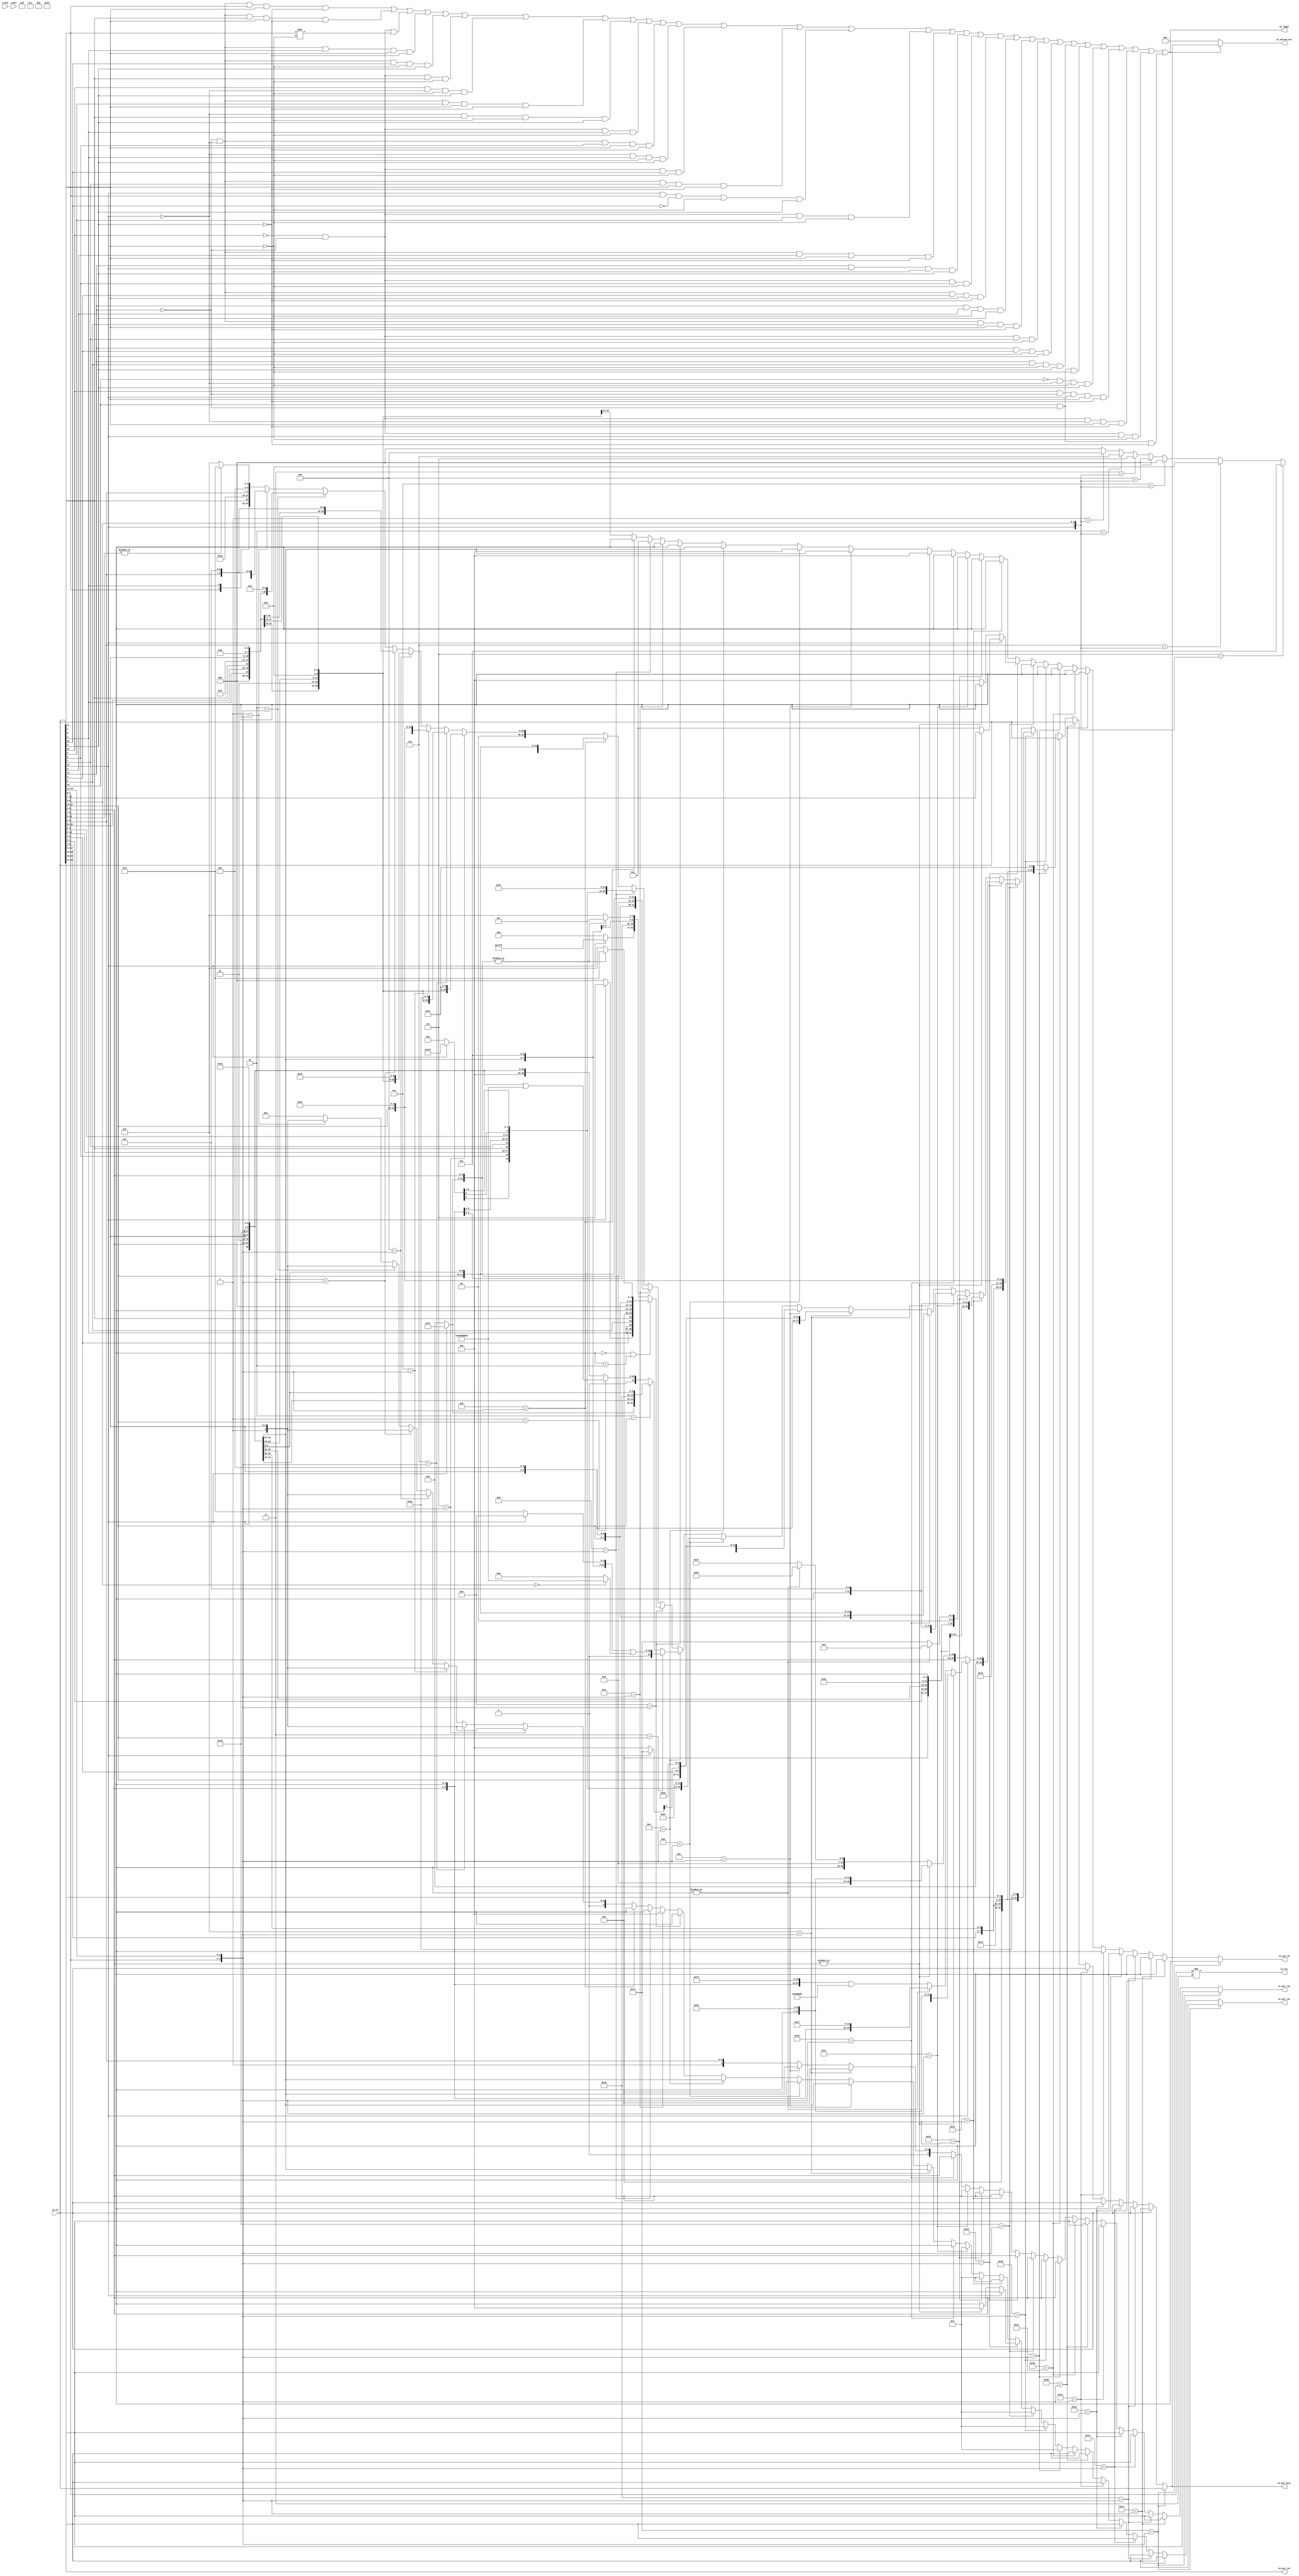
module RVCExpander(
  input         clock,
  input         reset,
  input  [31:0] io_in,
  output [31:0] io_out_bits,
  output [4:0]  io_out_rd,
  output [4:0]  io_out_rs1,
  output [4:0]  io_out_rs2,
  output [4:0]  io_out_rs3,
  output        io_rvc,
  output        io_legal,
  output [31:0] io_waleed_out
);
  wire  _T_3 = |io_in[12:5]; // @[RVC.scala 58:29]
  wire [6:0] _T_4 = _T_3 ? 7'h13 : 7'h1f; // @[RVC.scala 58:20]
  wire [4:0] _T_14 = {2'h1,io_in[4:2]}; // @[Cat.scala 29:58]
  wire [29:0] _T_18 = {io_in[10:7],io_in[12:11],io_in[5],io_in[6],2'h0,5'h2,3'h0,2'h1,io_in[4:2],_T_4}; // @[Cat.scala 29:58]
  wire [7:0] _T_28 = {io_in[6:5],io_in[12:10],3'h0}; // @[Cat.scala 29:58]
  wire [4:0] _T_30 = {2'h1,io_in[9:7]}; // @[Cat.scala 29:58]
  wire [27:0] _T_36 = {io_in[6:5],io_in[12:10],3'h0,2'h1,io_in[9:7],3'h3,2'h1,io_in[4:2],7'h7}; // @[Cat.scala 29:58]
  wire [6:0] _T_50 = {io_in[5],io_in[12:10],io_in[6],2'h0}; // @[Cat.scala 29:58]
  wire [26:0] _T_58 = {io_in[5],io_in[12:10],io_in[6],2'h0,2'h1,io_in[9:7],3'h2,2'h1,io_in[4:2],7'h3}; // @[Cat.scala 29:58]
  wire [26:0] _T_80 = {io_in[5],io_in[12:10],io_in[6],2'h0,2'h1,io_in[9:7],3'h2,2'h1,io_in[4:2],7'h7}; // @[Cat.scala 29:58]
  wire [26:0] _T_111 = {_T_50[6:5],2'h1,io_in[4:2],2'h1,io_in[9:7],3'h2,_T_50[4:0],7'h3f}; // @[Cat.scala 29:58]
  wire [27:0] _T_138 = {_T_28[7:5],2'h1,io_in[4:2],2'h1,io_in[9:7],3'h3,_T_28[4:0],7'h27}; // @[Cat.scala 29:58]
  wire [26:0] _T_169 = {_T_50[6:5],2'h1,io_in[4:2],2'h1,io_in[9:7],3'h2,_T_50[4:0],7'h23}; // @[Cat.scala 29:58]
  wire [26:0] _T_200 = {_T_50[6:5],2'h1,io_in[4:2],2'h1,io_in[9:7],3'h2,_T_50[4:0],7'h27}; // @[Cat.scala 29:58]
  wire [6:0] _T_211 = io_in[12] ? 7'h7f : 7'h0; // @[Bitwise.scala 72:12]
  wire [11:0] _T_213 = {_T_211,io_in[6:2]}; // @[Cat.scala 29:58]
  wire [31:0] _T_219 = {_T_211,io_in[6:2],io_in[11:7],3'h0,io_in[11:7],7'h13}; // @[Cat.scala 29:58]
  wire [9:0] _T_228 = io_in[12] ? 10'h3ff : 10'h0; // @[Bitwise.scala 72:12]
  wire [20:0] _T_243 = {_T_228,io_in[8],io_in[10:9],io_in[6],io_in[7],io_in[2],io_in[11],io_in[5:3],1'h0}; // @[Cat.scala 29:58]
  wire [31:0] _T_306 = {_T_243[20],_T_243[10:1],_T_243[11],_T_243[19:12],5'h1,7'h6f}; // @[Cat.scala 29:58]
  wire [31:0] _T_321 = {_T_211,io_in[6:2],5'h0,3'h0,io_in[11:7],7'h13}; // @[Cat.scala 29:58]
  wire  _T_332 = |_T_213; // @[RVC.scala 95:29]
  wire [6:0] _T_333 = _T_332 ? 7'h37 : 7'h3f; // @[RVC.scala 95:20]
  wire [14:0] _T_336 = io_in[12] ? 15'h7fff : 15'h0; // @[Bitwise.scala 72:12]
  wire [31:0] _T_339 = {_T_336,io_in[6:2],12'h0}; // @[Cat.scala 29:58]
  wire [31:0] _T_343 = {_T_339[31:12],io_in[11:7],_T_333}; // @[Cat.scala 29:58]
  wire  _T_351 = io_in[11:7] == 5'h0; // @[RVC.scala 97:14]
  wire  _T_353 = io_in[11:7] == 5'h2; // @[RVC.scala 97:27]
  wire  _T_354 = _T_351 | _T_353; // @[RVC.scala 97:21]
  wire [6:0] _T_361 = _T_332 ? 7'h13 : 7'h1f; // @[RVC.scala 91:20]
  wire [2:0] _T_364 = io_in[12] ? 3'h7 : 3'h0; // @[Bitwise.scala 72:12]
  wire [31:0] _T_379 = {_T_364,io_in[4:3],io_in[5],io_in[2],io_in[6],4'h0,io_in[11:7],3'h0,io_in[11:7],_T_361}; // @[Cat.scala 29:58]
  wire [31:0] _T_386_bits = _T_354 ? _T_379 : _T_343; // @[RVC.scala 97:10]
  wire [4:0] _T_386_rd = _T_354 ? io_in[11:7] : io_in[11:7]; // @[RVC.scala 97:10]
  wire [4:0] _T_386_rs2 = _T_354 ? _T_14 : _T_14; // @[RVC.scala 97:10]
  wire [4:0] _T_386_rs3 = _T_354 ? io_in[31:27] : io_in[31:27]; // @[RVC.scala 97:10]
  wire [25:0] _T_397 = {io_in[12],io_in[6:2],2'h1,io_in[9:7],3'h5,2'h1,io_in[9:7],7'h13}; // @[Cat.scala 29:58]
  wire [30:0] _GEN_172 = {{5'd0}, _T_397}; // @[RVC.scala 104:23]
  wire [30:0] _T_409 = _GEN_172 | 31'h40000000; // @[RVC.scala 104:23]
  wire [31:0] _T_422 = {_T_211,io_in[6:2],2'h1,io_in[9:7],3'h7,2'h1,io_in[9:7],7'h13}; // @[Cat.scala 29:58]
  wire [2:0] _T_426 = {io_in[12],io_in[6:5]}; // @[Cat.scala 29:58]
  wire  _T_428 = io_in[6:5] == 2'h0; // @[RVC.scala 108:30]
  wire [30:0] _T_429 = _T_428 ? 31'h40000000 : 31'h0; // @[RVC.scala 108:22]
  wire [6:0] _T_431 = io_in[12] ? 7'h3b : 7'h33; // @[RVC.scala 109:22]
  wire [2:0] _GEN_1 = 3'h1 == _T_426 ? 3'h4 : 3'h0; // @[Cat.scala 29:58]
  wire [2:0] _GEN_2 = 3'h2 == _T_426 ? 3'h6 : _GEN_1; // @[Cat.scala 29:58]
  wire [2:0] _GEN_3 = 3'h3 == _T_426 ? 3'h7 : _GEN_2; // @[Cat.scala 29:58]
  wire [2:0] _GEN_4 = 3'h4 == _T_426 ? 3'h0 : _GEN_3; // @[Cat.scala 29:58]
  wire [2:0] _GEN_5 = 3'h5 == _T_426 ? 3'h0 : _GEN_4; // @[Cat.scala 29:58]
  wire [2:0] _GEN_6 = 3'h6 == _T_426 ? 3'h2 : _GEN_5; // @[Cat.scala 29:58]
  wire [2:0] _GEN_7 = 3'h7 == _T_426 ? 3'h3 : _GEN_6; // @[Cat.scala 29:58]
  wire [24:0] _T_441 = {2'h1,io_in[4:2],2'h1,io_in[9:7],_GEN_7,2'h1,io_in[9:7],_T_431}; // @[Cat.scala 29:58]
  wire [30:0] _GEN_173 = {{6'd0}, _T_441}; // @[RVC.scala 110:43]
  wire [30:0] _T_442 = _GEN_173 | _T_429; // @[RVC.scala 110:43]
  wire [31:0] _T_443_0 = {{6'd0}, _T_397}; // @[RVC.scala 112:19 RVC.scala 112:19]
  wire [31:0] _T_443_1 = {{1'd0}, _T_409}; // @[RVC.scala 112:19 RVC.scala 112:19]
  wire [31:0] _GEN_9 = 2'h1 == io_in[11:10] ? _T_443_1 : _T_443_0; // @[RVC.scala 27:14]
  wire [31:0] _GEN_10 = 2'h2 == io_in[11:10] ? _T_422 : _GEN_9; // @[RVC.scala 27:14]
  wire [31:0] _T_443_3 = {{1'd0}, _T_442}; // @[RVC.scala 112:19 RVC.scala 112:19]
  wire [31:0] _GEN_11 = 2'h3 == io_in[11:10] ? _T_443_3 : _GEN_10; // @[RVC.scala 27:14]
  wire [31:0] _T_533 = {_T_243[20],_T_243[10:1],_T_243[11],_T_243[19:12],5'h0,7'h6f}; // @[Cat.scala 29:58]
  wire [4:0] _T_542 = io_in[12] ? 5'h1f : 5'h0; // @[Bitwise.scala 72:12]
  wire [12:0] _T_551 = {_T_542,io_in[6:5],io_in[2],io_in[11:10],io_in[4:3],1'h0}; // @[Cat.scala 29:58]
  wire [31:0] _T_600 = {_T_551[12],_T_551[10:5],5'h0,2'h1,io_in[9:7],3'h0,_T_551[4:1],_T_551[11],7'h63}; // @[Cat.scala 29:58]
  wire [31:0] _T_667 = {_T_551[12],_T_551[10:5],5'h0,2'h1,io_in[9:7],3'h1,_T_551[4:1],_T_551[11],7'h63}; // @[Cat.scala 29:58]
  wire  _T_673 = |io_in[11:7]; // @[RVC.scala 118:27]
  wire [6:0] _T_674 = _T_673 ? 7'h3 : 7'h1f; // @[RVC.scala 118:23]
  wire [25:0] _T_683 = {io_in[12],io_in[6:2],io_in[11:7],3'h1,io_in[11:7],7'h13}; // @[Cat.scala 29:58]
  wire [28:0] _T_699 = {io_in[4:2],io_in[12],io_in[6:5],3'h0,5'h2,3'h3,io_in[11:7],7'h7}; // @[Cat.scala 29:58]
  wire [27:0] _T_714 = {io_in[3:2],io_in[12],io_in[6:4],2'h0,5'h2,3'h2,io_in[11:7],_T_674}; // @[Cat.scala 29:58]
  wire [27:0] _T_729 = {io_in[3:2],io_in[12],io_in[6:4],2'h0,5'h2,3'h2,io_in[11:7],7'h7}; // @[Cat.scala 29:58]
  wire [24:0] _T_739 = {io_in[6:2],5'h0,3'h0,io_in[11:7],7'h33}; // @[Cat.scala 29:58]
  wire [24:0] _T_750 = {io_in[6:2],io_in[11:7],3'h0,io_in[11:7],7'h33}; // @[Cat.scala 29:58]
  wire [24:0] _T_761 = {io_in[6:2],io_in[11:7],3'h0,12'h67}; // @[Cat.scala 29:58]
  wire [24:0] _T_763 = {_T_761[24:7],7'h1f}; // @[Cat.scala 29:58]
  wire [24:0] _T_766 = _T_673 ? _T_761 : _T_763; // @[RVC.scala 139:33]
  wire  _T_772 = |io_in[6:2]; // @[RVC.scala 140:27]
  wire [31:0] _T_743_bits = {{7'd0}, _T_739}; // @[RVC.scala 26:19 RVC.scala 27:14]
  wire [31:0] _T_770_bits = {{7'd0}, _T_766}; // @[RVC.scala 26:19 RVC.scala 27:14]
  wire [31:0] _T_773_bits = _T_772 ? _T_743_bits : _T_770_bits; // @[RVC.scala 140:22]
  wire [4:0] _T_773_rd = _T_772 ? io_in[11:7] : 5'h0; // @[RVC.scala 140:22]
  wire [4:0] _T_773_rs1 = _T_772 ? 5'h0 : io_in[11:7]; // @[RVC.scala 140:22]
  wire [4:0] _T_773_rs2 = _T_772 ? io_in[6:2] : io_in[6:2]; // @[RVC.scala 140:22]
  wire [4:0] _T_773_rs3 = _T_772 ? io_in[31:27] : io_in[31:27]; // @[RVC.scala 140:22]
  wire [24:0] _T_779 = {io_in[6:2],io_in[11:7],3'h0,12'he7}; // @[Cat.scala 29:58]
  wire [24:0] _T_781 = {_T_761[24:7],7'h73}; // @[Cat.scala 29:58]
  wire [24:0] _T_782 = _T_781 | 25'h100000; // @[RVC.scala 142:46]
  wire [24:0] _T_785 = _T_673 ? _T_779 : _T_782; // @[RVC.scala 143:33]
  wire [31:0] _T_755_bits = {{7'd0}, _T_750}; // @[RVC.scala 26:19 RVC.scala 27:14]
  wire [31:0] _T_789_bits = {{7'd0}, _T_785}; // @[RVC.scala 26:19 RVC.scala 27:14]
  wire [31:0] _T_792_bits = _T_772 ? _T_755_bits : _T_789_bits; // @[RVC.scala 144:25]
  wire [4:0] _T_792_rd = _T_772 ? io_in[11:7] : 5'h1; // @[RVC.scala 144:25]
  wire [4:0] _T_792_rs1 = _T_772 ? io_in[11:7] : io_in[11:7]; // @[RVC.scala 144:25]
  wire [31:0] _T_794_bits = io_in[12] ? _T_792_bits : _T_773_bits; // @[RVC.scala 145:10]
  wire [4:0] _T_794_rd = io_in[12] ? _T_792_rd : _T_773_rd; // @[RVC.scala 145:10]
  wire [4:0] _T_794_rs1 = io_in[12] ? _T_792_rs1 : _T_773_rs1; // @[RVC.scala 145:10]
  wire [4:0] _T_794_rs2 = io_in[12] ? _T_773_rs2 : _T_773_rs2; // @[RVC.scala 145:10]
  wire [4:0] _T_794_rs3 = io_in[12] ? _T_773_rs3 : _T_773_rs3; // @[RVC.scala 145:10]
  wire [8:0] _T_798 = {io_in[9:7],io_in[12:10],3'h0}; // @[Cat.scala 29:58]
  wire [28:0] _T_810 = {_T_798[8:5],io_in[6:2],5'h2,3'h3,_T_798[4:0],7'h27}; // @[Cat.scala 29:58]
  wire [7:0] _T_818 = {io_in[8:7],io_in[12:9],2'h0}; // @[Cat.scala 29:58]
  wire [27:0] _T_830 = {_T_818[7:5],io_in[6:2],5'h2,3'h2,_T_818[4:0],7'h23}; // @[Cat.scala 29:58]
  wire [27:0] _T_850 = {_T_818[7:5],io_in[6:2],5'h2,3'h2,_T_818[4:0],7'h27}; // @[Cat.scala 29:58]
  wire [4:0] _T_898 = {io_in[1:0],io_in[15:13]}; // @[Cat.scala 29:58]
  wire [31:0] _T_24_bits = {{2'd0}, _T_18}; // @[RVC.scala 26:19 RVC.scala 27:14]
  wire [31:0] _T_44_bits = {{4'd0}, _T_36}; // @[RVC.scala 26:19 RVC.scala 27:14]
  wire [31:0] _GEN_17 = 5'h1 == _T_898 ? _T_44_bits : _T_24_bits; // @[RVC.scala 204:12]
  wire [4:0] _GEN_18 = 5'h1 == _T_898 ? _T_14 : _T_14; // @[RVC.scala 204:12]
  wire [4:0] _GEN_19 = 5'h1 == _T_898 ? _T_30 : 5'h2; // @[RVC.scala 204:12]
  wire [4:0] _GEN_21 = 5'h1 == _T_898 ? io_in[31:27] : io_in[31:27]; // @[RVC.scala 204:12]
  wire [31:0] _T_66_bits = {{5'd0}, _T_58}; // @[RVC.scala 26:19 RVC.scala 27:14]
  wire [31:0] _GEN_22 = 5'h2 == _T_898 ? _T_66_bits : _GEN_17; // @[RVC.scala 204:12]
  wire [4:0] _GEN_23 = 5'h2 == _T_898 ? _T_14 : _GEN_18; // @[RVC.scala 204:12]
  wire [4:0] _GEN_24 = 5'h2 == _T_898 ? _T_30 : _GEN_19; // @[RVC.scala 204:12]
  wire [4:0] _GEN_26 = 5'h2 == _T_898 ? io_in[31:27] : _GEN_21; // @[RVC.scala 204:12]
  wire [31:0] _T_88_bits = {{5'd0}, _T_80}; // @[RVC.scala 26:19 RVC.scala 27:14]
  wire [31:0] _GEN_27 = 5'h3 == _T_898 ? _T_88_bits : _GEN_22; // @[RVC.scala 204:12]
  wire [4:0] _GEN_28 = 5'h3 == _T_898 ? _T_14 : _GEN_23; // @[RVC.scala 204:12]
  wire [4:0] _GEN_29 = 5'h3 == _T_898 ? _T_30 : _GEN_24; // @[RVC.scala 204:12]
  wire [4:0] _GEN_31 = 5'h3 == _T_898 ? io_in[31:27] : _GEN_26; // @[RVC.scala 204:12]
  wire [31:0] _T_119_bits = {{5'd0}, _T_111}; // @[RVC.scala 26:19 RVC.scala 27:14]
  wire [31:0] _GEN_32 = 5'h4 == _T_898 ? _T_119_bits : _GEN_27; // @[RVC.scala 204:12]
  wire [4:0] _GEN_33 = 5'h4 == _T_898 ? _T_14 : _GEN_28; // @[RVC.scala 204:12]
  wire [4:0] _GEN_34 = 5'h4 == _T_898 ? _T_30 : _GEN_29; // @[RVC.scala 204:12]
  wire [4:0] _GEN_36 = 5'h4 == _T_898 ? io_in[31:27] : _GEN_31; // @[RVC.scala 204:12]
  wire [31:0] _T_146_bits = {{4'd0}, _T_138}; // @[RVC.scala 26:19 RVC.scala 27:14]
  wire [31:0] _GEN_37 = 5'h5 == _T_898 ? _T_146_bits : _GEN_32; // @[RVC.scala 204:12]
  wire [4:0] _GEN_38 = 5'h5 == _T_898 ? _T_14 : _GEN_33; // @[RVC.scala 204:12]
  wire [4:0] _GEN_39 = 5'h5 == _T_898 ? _T_30 : _GEN_34; // @[RVC.scala 204:12]
  wire [4:0] _GEN_41 = 5'h5 == _T_898 ? io_in[31:27] : _GEN_36; // @[RVC.scala 204:12]
  wire [31:0] _T_177_bits = {{5'd0}, _T_169}; // @[RVC.scala 26:19 RVC.scala 27:14]
  wire [31:0] _GEN_42 = 5'h6 == _T_898 ? _T_177_bits : _GEN_37; // @[RVC.scala 204:12]
  wire [4:0] _GEN_43 = 5'h6 == _T_898 ? _T_14 : _GEN_38; // @[RVC.scala 204:12]
  wire [4:0] _GEN_44 = 5'h6 == _T_898 ? _T_30 : _GEN_39; // @[RVC.scala 204:12]
  wire [4:0] _GEN_46 = 5'h6 == _T_898 ? io_in[31:27] : _GEN_41; // @[RVC.scala 204:12]
  wire [31:0] _T_208_bits = {{5'd0}, _T_200}; // @[RVC.scala 26:19 RVC.scala 27:14]
  wire [31:0] _GEN_47 = 5'h7 == _T_898 ? _T_208_bits : _GEN_42; // @[RVC.scala 204:12]
  wire [4:0] _GEN_48 = 5'h7 == _T_898 ? _T_14 : _GEN_43; // @[RVC.scala 204:12]
  wire [4:0] _GEN_49 = 5'h7 == _T_898 ? _T_30 : _GEN_44; // @[RVC.scala 204:12]
  wire [4:0] _GEN_51 = 5'h7 == _T_898 ? io_in[31:27] : _GEN_46; // @[RVC.scala 204:12]
  wire [31:0] _GEN_52 = 5'h8 == _T_898 ? _T_219 : _GEN_47; // @[RVC.scala 204:12]
  wire [4:0] _GEN_53 = 5'h8 == _T_898 ? io_in[11:7] : _GEN_48; // @[RVC.scala 204:12]
  wire [4:0] _GEN_54 = 5'h8 == _T_898 ? io_in[11:7] : _GEN_49; // @[RVC.scala 204:12]
  wire [4:0] _GEN_55 = 5'h8 == _T_898 ? _T_14 : _GEN_48; // @[RVC.scala 204:12]
  wire [4:0] _GEN_56 = 5'h8 == _T_898 ? io_in[31:27] : _GEN_51; // @[RVC.scala 204:12]
  wire [31:0] _GEN_57 = 5'h9 == _T_898 ? _T_306 : _GEN_52; // @[RVC.scala 204:12]
  wire [4:0] _GEN_58 = 5'h9 == _T_898 ? 5'h1 : _GEN_53; // @[RVC.scala 204:12]
  wire [4:0] _GEN_59 = 5'h9 == _T_898 ? io_in[11:7] : _GEN_54; // @[RVC.scala 204:12]
  wire [4:0] _GEN_60 = 5'h9 == _T_898 ? _T_14 : _GEN_55; // @[RVC.scala 204:12]
  wire [4:0] _GEN_61 = 5'h9 == _T_898 ? io_in[31:27] : _GEN_56; // @[RVC.scala 204:12]
  wire [31:0] _GEN_62 = 5'ha == _T_898 ? _T_321 : _GEN_57; // @[RVC.scala 204:12]
  wire [4:0] _GEN_63 = 5'ha == _T_898 ? io_in[11:7] : _GEN_58; // @[RVC.scala 204:12]
  wire [4:0] _GEN_64 = 5'ha == _T_898 ? 5'h0 : _GEN_59; // @[RVC.scala 204:12]
  wire [4:0] _GEN_65 = 5'ha == _T_898 ? _T_14 : _GEN_60; // @[RVC.scala 204:12]
  wire [4:0] _GEN_66 = 5'ha == _T_898 ? io_in[31:27] : _GEN_61; // @[RVC.scala 204:12]
  wire [31:0] _GEN_67 = 5'hb == _T_898 ? _T_386_bits : _GEN_62; // @[RVC.scala 204:12]
  wire [4:0] _GEN_68 = 5'hb == _T_898 ? _T_386_rd : _GEN_63; // @[RVC.scala 204:12]
  wire [4:0] _GEN_69 = 5'hb == _T_898 ? _T_386_rd : _GEN_64; // @[RVC.scala 204:12]
  wire [4:0] _GEN_70 = 5'hb == _T_898 ? _T_386_rs2 : _GEN_65; // @[RVC.scala 204:12]
  wire [4:0] _GEN_71 = 5'hb == _T_898 ? _T_386_rs3 : _GEN_66; // @[RVC.scala 204:12]
  wire [31:0] _GEN_72 = 5'hc == _T_898 ? _GEN_11 : _GEN_67; // @[RVC.scala 204:12]
  wire [4:0] _GEN_73 = 5'hc == _T_898 ? _T_30 : _GEN_68; // @[RVC.scala 204:12]
  wire [4:0] _GEN_74 = 5'hc == _T_898 ? _T_30 : _GEN_69; // @[RVC.scala 204:12]
  wire [4:0] _GEN_75 = 5'hc == _T_898 ? _T_14 : _GEN_70; // @[RVC.scala 204:12]
  wire [4:0] _GEN_76 = 5'hc == _T_898 ? io_in[31:27] : _GEN_71; // @[RVC.scala 204:12]
  wire [31:0] _GEN_77 = 5'hd == _T_898 ? _T_533 : _GEN_72; // @[RVC.scala 204:12]
  wire [4:0] _GEN_78 = 5'hd == _T_898 ? 5'h0 : _GEN_73; // @[RVC.scala 204:12]
  wire [4:0] _GEN_79 = 5'hd == _T_898 ? _T_30 : _GEN_74; // @[RVC.scala 204:12]
  wire [4:0] _GEN_80 = 5'hd == _T_898 ? _T_14 : _GEN_75; // @[RVC.scala 204:12]
  wire [4:0] _GEN_81 = 5'hd == _T_898 ? io_in[31:27] : _GEN_76; // @[RVC.scala 204:12]
  wire [31:0] _GEN_82 = 5'he == _T_898 ? _T_600 : _GEN_77; // @[RVC.scala 204:12]
  wire [4:0] _GEN_83 = 5'he == _T_898 ? _T_30 : _GEN_78; // @[RVC.scala 204:12]
  wire [4:0] _GEN_84 = 5'he == _T_898 ? _T_30 : _GEN_79; // @[RVC.scala 204:12]
  wire [4:0] _GEN_85 = 5'he == _T_898 ? 5'h0 : _GEN_80; // @[RVC.scala 204:12]
  wire [4:0] _GEN_86 = 5'he == _T_898 ? io_in[31:27] : _GEN_81; // @[RVC.scala 204:12]
  wire [31:0] _GEN_87 = 5'hf == _T_898 ? _T_667 : _GEN_82; // @[RVC.scala 204:12]
  wire [4:0] _GEN_88 = 5'hf == _T_898 ? 5'h0 : _GEN_83; // @[RVC.scala 204:12]
  wire [4:0] _GEN_89 = 5'hf == _T_898 ? _T_30 : _GEN_84; // @[RVC.scala 204:12]
  wire [4:0] _GEN_90 = 5'hf == _T_898 ? 5'h0 : _GEN_85; // @[RVC.scala 204:12]
  wire [4:0] _GEN_91 = 5'hf == _T_898 ? io_in[31:27] : _GEN_86; // @[RVC.scala 204:12]
  wire [31:0] _T_688_bits = {{6'd0}, _T_683}; // @[RVC.scala 26:19 RVC.scala 27:14]
  wire [31:0] _GEN_92 = 5'h10 == _T_898 ? _T_688_bits : _GEN_87; // @[RVC.scala 204:12]
  wire [4:0] _GEN_93 = 5'h10 == _T_898 ? io_in[11:7] : _GEN_88; // @[RVC.scala 204:12]
  wire [4:0] _GEN_94 = 5'h10 == _T_898 ? io_in[11:7] : _GEN_89; // @[RVC.scala 204:12]
  wire [4:0] _GEN_95 = 5'h10 == _T_898 ? io_in[6:2] : _GEN_90; // @[RVC.scala 204:12]
  wire [4:0] _GEN_96 = 5'h10 == _T_898 ? io_in[31:27] : _GEN_91; // @[RVC.scala 204:12]
  wire [31:0] _T_703_bits = {{3'd0}, _T_699}; // @[RVC.scala 26:19 RVC.scala 27:14]
  wire [31:0] _GEN_97 = 5'h11 == _T_898 ? _T_703_bits : _GEN_92; // @[RVC.scala 204:12]
  wire [4:0] _GEN_98 = 5'h11 == _T_898 ? io_in[11:7] : _GEN_93; // @[RVC.scala 204:12]
  wire [4:0] _GEN_99 = 5'h11 == _T_898 ? 5'h2 : _GEN_94; // @[RVC.scala 204:12]
  wire [4:0] _GEN_100 = 5'h11 == _T_898 ? io_in[6:2] : _GEN_95; // @[RVC.scala 204:12]
  wire [4:0] _GEN_101 = 5'h11 == _T_898 ? io_in[31:27] : _GEN_96; // @[RVC.scala 204:12]
  wire [31:0] _T_718_bits = {{4'd0}, _T_714}; // @[RVC.scala 26:19 RVC.scala 27:14]
  wire [31:0] _GEN_102 = 5'h12 == _T_898 ? _T_718_bits : _GEN_97; // @[RVC.scala 204:12]
  wire [4:0] _GEN_103 = 5'h12 == _T_898 ? io_in[11:7] : _GEN_98; // @[RVC.scala 204:12]
  wire [4:0] _GEN_104 = 5'h12 == _T_898 ? 5'h2 : _GEN_99; // @[RVC.scala 204:12]
  wire [4:0] _GEN_105 = 5'h12 == _T_898 ? io_in[6:2] : _GEN_100; // @[RVC.scala 204:12]
  wire [4:0] _GEN_106 = 5'h12 == _T_898 ? io_in[31:27] : _GEN_101; // @[RVC.scala 204:12]
  wire [31:0] _T_733_bits = {{4'd0}, _T_729}; // @[RVC.scala 26:19 RVC.scala 27:14]
  wire [31:0] _GEN_107 = 5'h13 == _T_898 ? _T_733_bits : _GEN_102; // @[RVC.scala 204:12]
  wire [4:0] _GEN_108 = 5'h13 == _T_898 ? io_in[11:7] : _GEN_103; // @[RVC.scala 204:12]
  wire [4:0] _GEN_109 = 5'h13 == _T_898 ? 5'h2 : _GEN_104; // @[RVC.scala 204:12]
  wire [4:0] _GEN_110 = 5'h13 == _T_898 ? io_in[6:2] : _GEN_105; // @[RVC.scala 204:12]
  wire [4:0] _GEN_111 = 5'h13 == _T_898 ? io_in[31:27] : _GEN_106; // @[RVC.scala 204:12]
  wire [31:0] _GEN_112 = 5'h14 == _T_898 ? _T_794_bits : _GEN_107; // @[RVC.scala 204:12]
  wire [4:0] _GEN_113 = 5'h14 == _T_898 ? _T_794_rd : _GEN_108; // @[RVC.scala 204:12]
  wire [4:0] _GEN_114 = 5'h14 == _T_898 ? _T_794_rs1 : _GEN_109; // @[RVC.scala 204:12]
  wire [4:0] _GEN_115 = 5'h14 == _T_898 ? _T_794_rs2 : _GEN_110; // @[RVC.scala 204:12]
  wire [4:0] _GEN_116 = 5'h14 == _T_898 ? _T_794_rs3 : _GEN_111; // @[RVC.scala 204:12]
  wire [31:0] _T_814_bits = {{3'd0}, _T_810}; // @[RVC.scala 26:19 RVC.scala 27:14]
  wire [31:0] _GEN_117 = 5'h15 == _T_898 ? _T_814_bits : _GEN_112; // @[RVC.scala 204:12]
  wire [4:0] _GEN_118 = 5'h15 == _T_898 ? io_in[11:7] : _GEN_113; // @[RVC.scala 204:12]
  wire [4:0] _GEN_119 = 5'h15 == _T_898 ? 5'h2 : _GEN_114; // @[RVC.scala 204:12]
  wire [4:0] _GEN_120 = 5'h15 == _T_898 ? io_in[6:2] : _GEN_115; // @[RVC.scala 204:12]
  wire [4:0] _GEN_121 = 5'h15 == _T_898 ? io_in[31:27] : _GEN_116; // @[RVC.scala 204:12]
  wire [31:0] _T_834_bits = {{4'd0}, _T_830}; // @[RVC.scala 26:19 RVC.scala 27:14]
  wire [31:0] _GEN_122 = 5'h16 == _T_898 ? _T_834_bits : _GEN_117; // @[RVC.scala 204:12]
  wire [4:0] _GEN_123 = 5'h16 == _T_898 ? io_in[11:7] : _GEN_118; // @[RVC.scala 204:12]
  wire [4:0] _GEN_124 = 5'h16 == _T_898 ? 5'h2 : _GEN_119; // @[RVC.scala 204:12]
  wire [4:0] _GEN_125 = 5'h16 == _T_898 ? io_in[6:2] : _GEN_120; // @[RVC.scala 204:12]
  wire [4:0] _GEN_126 = 5'h16 == _T_898 ? io_in[31:27] : _GEN_121; // @[RVC.scala 204:12]
  wire [31:0] _T_854_bits = {{4'd0}, _T_850}; // @[RVC.scala 26:19 RVC.scala 27:14]
  wire [31:0] _GEN_127 = 5'h17 == _T_898 ? _T_854_bits : _GEN_122; // @[RVC.scala 204:12]
  wire [4:0] _GEN_128 = 5'h17 == _T_898 ? io_in[11:7] : _GEN_123; // @[RVC.scala 204:12]
  wire [4:0] _GEN_129 = 5'h17 == _T_898 ? 5'h2 : _GEN_124; // @[RVC.scala 204:12]
  wire [4:0] _GEN_130 = 5'h17 == _T_898 ? io_in[6:2] : _GEN_125; // @[RVC.scala 204:12]
  wire [4:0] _GEN_131 = 5'h17 == _T_898 ? io_in[31:27] : _GEN_126; // @[RVC.scala 204:12]
  wire [31:0] _GEN_132 = 5'h18 == _T_898 ? io_in : _GEN_127; // @[RVC.scala 204:12]
  wire [4:0] _GEN_133 = 5'h18 == _T_898 ? io_in[11:7] : _GEN_128; // @[RVC.scala 204:12]
  wire [4:0] _GEN_134 = 5'h18 == _T_898 ? io_in[19:15] : _GEN_129; // @[RVC.scala 204:12]
  wire [4:0] _GEN_135 = 5'h18 == _T_898 ? io_in[24:20] : _GEN_130; // @[RVC.scala 204:12]
  wire [4:0] _GEN_136 = 5'h18 == _T_898 ? io_in[31:27] : _GEN_131; // @[RVC.scala 204:12]
  wire [31:0] _GEN_137 = 5'h19 == _T_898 ? io_in : _GEN_132; // @[RVC.scala 204:12]
  wire [4:0] _GEN_138 = 5'h19 == _T_898 ? io_in[11:7] : _GEN_133; // @[RVC.scala 204:12]
  wire [4:0] _GEN_139 = 5'h19 == _T_898 ? io_in[19:15] : _GEN_134; // @[RVC.scala 204:12]
  wire [4:0] _GEN_140 = 5'h19 == _T_898 ? io_in[24:20] : _GEN_135; // @[RVC.scala 204:12]
  wire [4:0] _GEN_141 = 5'h19 == _T_898 ? io_in[31:27] : _GEN_136; // @[RVC.scala 204:12]
  wire [31:0] _GEN_142 = 5'h1a == _T_898 ? io_in : _GEN_137; // @[RVC.scala 204:12]
  wire [4:0] _GEN_143 = 5'h1a == _T_898 ? io_in[11:7] : _GEN_138; // @[RVC.scala 204:12]
  wire [4:0] _GEN_144 = 5'h1a == _T_898 ? io_in[19:15] : _GEN_139; // @[RVC.scala 204:12]
  wire [4:0] _GEN_145 = 5'h1a == _T_898 ? io_in[24:20] : _GEN_140; // @[RVC.scala 204:12]
  wire [4:0] _GEN_146 = 5'h1a == _T_898 ? io_in[31:27] : _GEN_141; // @[RVC.scala 204:12]
  wire [31:0] _GEN_147 = 5'h1b == _T_898 ? io_in : _GEN_142; // @[RVC.scala 204:12]
  wire [4:0] _GEN_148 = 5'h1b == _T_898 ? io_in[11:7] : _GEN_143; // @[RVC.scala 204:12]
  wire [4:0] _GEN_149 = 5'h1b == _T_898 ? io_in[19:15] : _GEN_144; // @[RVC.scala 204:12]
  wire [4:0] _GEN_150 = 5'h1b == _T_898 ? io_in[24:20] : _GEN_145; // @[RVC.scala 204:12]
  wire [4:0] _GEN_151 = 5'h1b == _T_898 ? io_in[31:27] : _GEN_146; // @[RVC.scala 204:12]
  wire [31:0] _GEN_152 = 5'h1c == _T_898 ? io_in : _GEN_147; // @[RVC.scala 204:12]
  wire [4:0] _GEN_153 = 5'h1c == _T_898 ? io_in[11:7] : _GEN_148; // @[RVC.scala 204:12]
  wire [4:0] _GEN_154 = 5'h1c == _T_898 ? io_in[19:15] : _GEN_149; // @[RVC.scala 204:12]
  wire [4:0] _GEN_155 = 5'h1c == _T_898 ? io_in[24:20] : _GEN_150; // @[RVC.scala 204:12]
  wire [4:0] _GEN_156 = 5'h1c == _T_898 ? io_in[31:27] : _GEN_151; // @[RVC.scala 204:12]
  wire [31:0] _GEN_157 = 5'h1d == _T_898 ? io_in : _GEN_152; // @[RVC.scala 204:12]
  wire [4:0] _GEN_158 = 5'h1d == _T_898 ? io_in[11:7] : _GEN_153; // @[RVC.scala 204:12]
  wire [4:0] _GEN_159 = 5'h1d == _T_898 ? io_in[19:15] : _GEN_154; // @[RVC.scala 204:12]
  wire [4:0] _GEN_160 = 5'h1d == _T_898 ? io_in[24:20] : _GEN_155; // @[RVC.scala 204:12]
  wire [4:0] _GEN_161 = 5'h1d == _T_898 ? io_in[31:27] : _GEN_156; // @[RVC.scala 204:12]
  wire [31:0] _GEN_162 = 5'h1e == _T_898 ? io_in : _GEN_157; // @[RVC.scala 204:12]
  wire [4:0] _GEN_163 = 5'h1e == _T_898 ? io_in[11:7] : _GEN_158; // @[RVC.scala 204:12]
  wire [4:0] _GEN_164 = 5'h1e == _T_898 ? io_in[19:15] : _GEN_159; // @[RVC.scala 204:12]
  wire [4:0] _GEN_165 = 5'h1e == _T_898 ? io_in[24:20] : _GEN_160; // @[RVC.scala 204:12]
  wire [4:0] _GEN_166 = 5'h1e == _T_898 ? io_in[31:27] : _GEN_161; // @[RVC.scala 204:12]
  wire  _T_900 = ~io_in[13]; // @[RVC.scala 205:18]
  wire  _T_902 = ~io_in[12]; // @[RVC.scala 205:31]
  wire  _T_903 = _T_900 & _T_902; // @[RVC.scala 205:29]
  wire  _T_905 = _T_903 & io_in[11]; // @[RVC.scala 205:42]
  wire  _T_907 = _T_905 & io_in[1]; // @[RVC.scala 205:54]
  wire  _T_909 = ~io_in[0]; // @[RVC.scala 205:65]
  wire  _T_910 = _T_907 & _T_909; // @[RVC.scala 205:63]
  wire  _T_917 = _T_903 & io_in[6]; // @[RVC.scala 206:32]
  wire  _T_919 = _T_917 & io_in[1]; // @[RVC.scala 206:43]
  wire  _T_922 = _T_919 & _T_909; // @[RVC.scala 206:52]
  wire  _T_923 = _T_910 | _T_922; // @[RVC.scala 205:76]
  wire  _T_925 = ~io_in[15]; // @[RVC.scala 207:8]
  wire  _T_928 = _T_925 & _T_900; // @[RVC.scala 207:19]
  wire  _T_931 = ~io_in[1]; // @[RVC.scala 207:43]
  wire  _T_932 = io_in[11] >> _T_931; // @[RVC.scala 207:42]
  wire  _T_934 = _T_928 & _T_932; // @[RVC.scala 207:32]
  wire  _T_935 = _T_923 | _T_934; // @[RVC.scala 206:65]
  wire  _T_942 = _T_903 & io_in[5]; // @[RVC.scala 208:32]
  wire  _T_944 = _T_942 & io_in[1]; // @[RVC.scala 208:41]
  wire  _T_947 = _T_944 & _T_909; // @[RVC.scala 208:50]
  wire  _T_948 = _T_935 | _T_947; // @[RVC.scala 207:54]
  wire  _T_955 = _T_903 & io_in[10]; // @[RVC.scala 209:32]
  wire  _T_958 = _T_955 & _T_931; // @[RVC.scala 209:42]
  wire  _T_960 = _T_958 & io_in[0]; // @[RVC.scala 209:54]
  wire  _T_961 = _T_948 | _T_960; // @[RVC.scala 208:63]
  wire  _T_968 = _T_928 & io_in[6]; // @[RVC.scala 210:32]
  wire  _T_971 = _T_968 & _T_931; // @[RVC.scala 210:41]
  wire  _T_972 = _T_961 | _T_971; // @[RVC.scala 209:64]
  wire  _T_976 = io_in[15] & _T_902; // @[RVC.scala 210:65]
  wire  _T_979 = _T_976 & _T_931; // @[RVC.scala 210:78]
  wire  _T_981 = _T_979 & io_in[0]; // @[RVC.scala 210:90]
  wire  _T_982 = _T_972 | _T_981; // @[RVC.scala 210:54]
  wire  _T_989 = _T_903 & io_in[9]; // @[RVC.scala 211:32]
  wire  _T_991 = _T_989 & io_in[1]; // @[RVC.scala 211:41]
  wire  _T_994 = _T_991 & _T_909; // @[RVC.scala 211:50]
  wire  _T_995 = _T_982 | _T_994; // @[RVC.scala 210:100]
  wire  _T_999 = _T_902 & io_in[6]; // @[RVC.scala 212:19]
  wire  _T_1002 = _T_999 & _T_931; // @[RVC.scala 212:28]
  wire  _T_1004 = _T_1002 & io_in[0]; // @[RVC.scala 212:40]
  wire  _T_1005 = _T_995 | _T_1004; // @[RVC.scala 211:63]
  wire  _T_1012 = _T_928 & io_in[5]; // @[RVC.scala 213:32]
  wire  _T_1015 = _T_1012 & _T_931; // @[RVC.scala 213:41]
  wire  _T_1016 = _T_1005 | _T_1015; // @[RVC.scala 212:50]
  wire  _T_1023 = _T_903 & io_in[8]; // @[RVC.scala 214:32]
  wire  _T_1025 = _T_1023 & io_in[1]; // @[RVC.scala 214:41]
  wire  _T_1028 = _T_1025 & _T_909; // @[RVC.scala 214:50]
  wire  _T_1029 = _T_1016 | _T_1028; // @[RVC.scala 213:54]
  wire  _T_1033 = _T_902 & io_in[5]; // @[RVC.scala 215:19]
  wire  _T_1036 = _T_1033 & _T_931; // @[RVC.scala 215:28]
  wire  _T_1038 = _T_1036 & io_in[0]; // @[RVC.scala 215:40]
  wire  _T_1039 = _T_1029 | _T_1038; // @[RVC.scala 214:63]
  wire  _T_1046 = _T_928 & io_in[10]; // @[RVC.scala 216:32]
  wire  _T_1049 = _T_1046 & _T_931; // @[RVC.scala 216:42]
  wire  _T_1050 = _T_1039 | _T_1049; // @[RVC.scala 215:50]
  wire  _T_1057 = _T_903 & io_in[7]; // @[RVC.scala 216:82]
  wire  _T_1059 = _T_1057 & io_in[1]; // @[RVC.scala 216:91]
  wire  _T_1062 = _T_1059 & _T_909; // @[RVC.scala 216:100]
  wire  _T_1063 = _T_1050 | _T_1062; // @[RVC.scala 216:55]
  wire  _T_1066 = io_in[12] & io_in[11]; // @[RVC.scala 217:16]
  wire  _T_1068 = ~io_in[10]; // @[RVC.scala 217:28]
  wire  _T_1069 = _T_1066 & _T_1068; // @[RVC.scala 217:26]
  wire  _T_1072 = _T_1069 & _T_931; // @[RVC.scala 217:39]
  wire  _T_1074 = _T_1072 & io_in[0]; // @[RVC.scala 217:51]
  wire  _T_1075 = _T_1063 | _T_1074; // @[RVC.scala 216:113]
  wire  _T_1082 = _T_928 & io_in[9]; // @[RVC.scala 217:88]
  wire  _T_1085 = _T_1082 & _T_931; // @[RVC.scala 217:97]
  wire  _T_1086 = _T_1075 | _T_1085; // @[RVC.scala 217:61]
  wire  _T_1093 = _T_903 & io_in[4]; // @[RVC.scala 218:32]
  wire  _T_1095 = _T_1093 & io_in[1]; // @[RVC.scala 218:41]
  wire  _T_1098 = _T_1095 & _T_909; // @[RVC.scala 218:50]
  wire  _T_1099 = _T_1086 | _T_1098; // @[RVC.scala 217:110]
  wire  _T_1102 = io_in[13] & io_in[12]; // @[RVC.scala 218:74]
  wire  _T_1105 = _T_1102 & _T_931; // @[RVC.scala 218:84]
  wire  _T_1107 = _T_1105 & io_in[0]; // @[RVC.scala 218:96]
  wire  _T_1108 = _T_1099 | _T_1107; // @[RVC.scala 218:63]
  wire  _T_1115 = _T_928 & io_in[8]; // @[RVC.scala 219:32]
  wire  _T_1118 = _T_1115 & _T_931; // @[RVC.scala 219:41]
  wire  _T_1119 = _T_1108 | _T_1118; // @[RVC.scala 218:106]
  wire  _T_1126 = _T_903 & io_in[3]; // @[RVC.scala 219:81]
  wire  _T_1128 = _T_1126 & io_in[1]; // @[RVC.scala 219:90]
  wire  _T_1131 = _T_1128 & _T_909; // @[RVC.scala 219:99]
  wire  _T_1132 = _T_1119 | _T_1131; // @[RVC.scala 219:54]
  wire  _T_1135 = io_in[13] & io_in[4]; // @[RVC.scala 220:16]
  wire  _T_1138 = _T_1135 & _T_931; // @[RVC.scala 220:25]
  wire  _T_1140 = _T_1138 & io_in[0]; // @[RVC.scala 220:37]
  wire  _T_1141 = _T_1132 | _T_1140; // @[RVC.scala 219:112]
  wire  _T_1148 = _T_903 & io_in[2]; // @[RVC.scala 220:74]
  wire  _T_1150 = _T_1148 & io_in[1]; // @[RVC.scala 220:83]
  wire  _T_1153 = _T_1150 & _T_909; // @[RVC.scala 220:92]
  wire  _T_1154 = _T_1141 | _T_1153; // @[RVC.scala 220:47]
  wire  _T_1161 = _T_928 & io_in[7]; // @[RVC.scala 221:32]
  wire  _T_1164 = _T_1161 & _T_931; // @[RVC.scala 221:41]
  wire  _T_1165 = _T_1154 | _T_1164; // @[RVC.scala 220:105]
  wire  _T_1168 = io_in[13] & io_in[3]; // @[RVC.scala 221:65]
  wire  _T_1171 = _T_1168 & _T_931; // @[RVC.scala 221:74]
  wire  _T_1173 = _T_1171 & io_in[0]; // @[RVC.scala 221:86]
  wire  _T_1174 = _T_1165 | _T_1173; // @[RVC.scala 221:54]
  wire  _T_1177 = io_in[13] & io_in[2]; // @[RVC.scala 222:16]
  wire  _T_1180 = _T_1177 & _T_931; // @[RVC.scala 222:25]
  wire  _T_1182 = _T_1180 & io_in[0]; // @[RVC.scala 222:37]
  wire  _T_1183 = _T_1174 | _T_1182; // @[RVC.scala 221:96]
  wire  _T_1187 = io_in[14] & _T_900; // @[RVC.scala 222:58]
  wire  _T_1190 = _T_1187 & _T_931; // @[RVC.scala 222:71]
  wire  _T_1191 = _T_1183 | _T_1190; // @[RVC.scala 222:47]
  wire  _T_1193 = ~io_in[14]; // @[RVC.scala 223:8]
  wire  _T_1196 = _T_1193 & _T_902; // @[RVC.scala 223:19]
  wire  _T_1199 = _T_1196 & _T_931; // @[RVC.scala 223:32]
  wire  _T_1201 = _T_1199 & io_in[0]; // @[RVC.scala 223:44]
  wire  _T_1202 = _T_1191 | _T_1201; // @[RVC.scala 222:84]
  wire  _T_1206 = io_in[15] & _T_900; // @[RVC.scala 223:65]
  wire  _T_1208 = _T_1206 & io_in[12]; // @[RVC.scala 223:78]
  wire  _T_1210 = _T_1208 & io_in[1]; // @[RVC.scala 223:88]
  wire  _T_1213 = _T_1210 & _T_909; // @[RVC.scala 223:97]
  wire  _T_1214 = _T_1202 | _T_1213; // @[RVC.scala 223:54]
  wire  _T_1222 = _T_928 & _T_902; // @[RVC.scala 224:32]
  wire  _T_1224 = _T_1222 & io_in[1]; // @[RVC.scala 224:45]
  wire  _T_1227 = _T_1224 & _T_909; // @[RVC.scala 224:54]
  wire  _T_1228 = _T_1214 | _T_1227; // @[RVC.scala 223:110]
  wire  _T_1235 = _T_928 & io_in[12]; // @[RVC.scala 224:94]
  wire  _T_1238 = _T_1235 & _T_931; // @[RVC.scala 224:104]
  wire  _T_1239 = _T_1228 | _T_1238; // @[RVC.scala 224:67]
  wire  _T_1246 = _T_1187 & _T_909; // @[RVC.scala 225:29]
  assign io_out_bits = 5'h1f == _T_898 ? io_in : _GEN_162; // @[RVC.scala 204:12]
  assign io_out_rd = 5'h1f == _T_898 ? io_in[11:7] : _GEN_163; // @[RVC.scala 204:12]
  assign io_out_rs1 = 5'h1f == _T_898 ? io_in[19:15] : _GEN_164; // @[RVC.scala 204:12]
  assign io_out_rs2 = 5'h1f == _T_898 ? io_in[24:20] : _GEN_165; // @[RVC.scala 204:12]
  assign io_out_rs3 = 5'h1f == _T_898 ? io_in[31:27] : _GEN_166; // @[RVC.scala 204:12]
  assign io_rvc = io_in[1:0] != 2'h3; // @[RVC.scala 202:12]
  assign io_legal = _T_1239 | _T_1246; // @[RVC.scala 205:14]
  assign io_waleed_out = io_legal ? io_out_bits : 32'h0; // @[RVC.scala 226:19]
endmodule